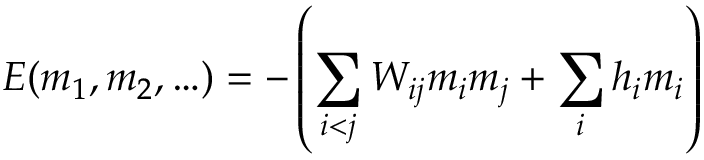
E ( m _ { 1 } , m _ { 2 } , \ldots ) = - \left( \sum _ { i < j } { W _ { i j } m _ { i } m _ { j } } + \sum _ { i } { h _ { i } m _ { i } } \right)